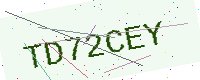
Text: TD72CEY